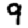
Digit: 9